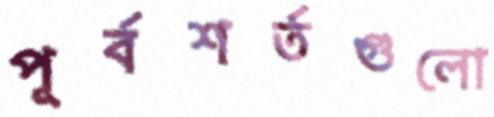
পূর্বশর্তগুলো